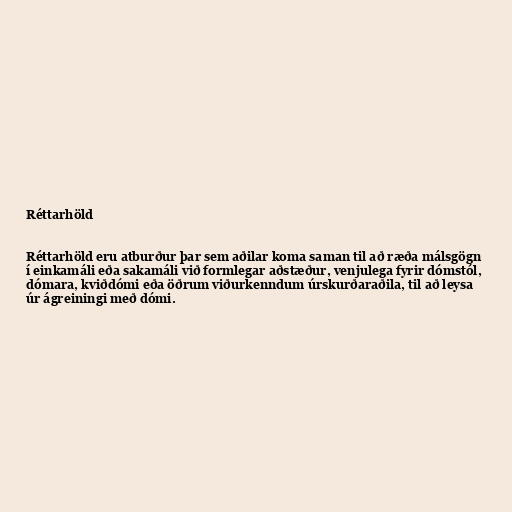
Réttarhöld

Réttarhöld eru atburður þar sem aðilar koma saman til að ræða málsgögn
í einkamáli eða sakamáli við formlegar aðstæður, venjulega fyrir dómstól,
dómara, kviðdómi eða öðrum viðurkenndum úrskurðaraðila, til að leysa
úr ágreiningi með dómi.